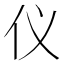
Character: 仪